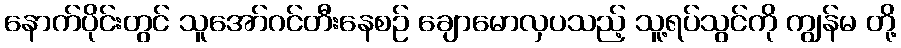
နောက်ပိုင်းတွင် သူအော်ဂင်တီးနေစဉ် ချောမောလှပသည့် သူ့ရပ်သွင်ကို ကျွန်မ တို့